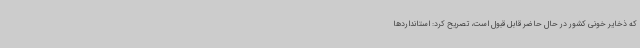
که ذخایر خونی کشور در حال حاضر قابل قبول است، تصریح کرد: استانداردها